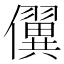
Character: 𰃇